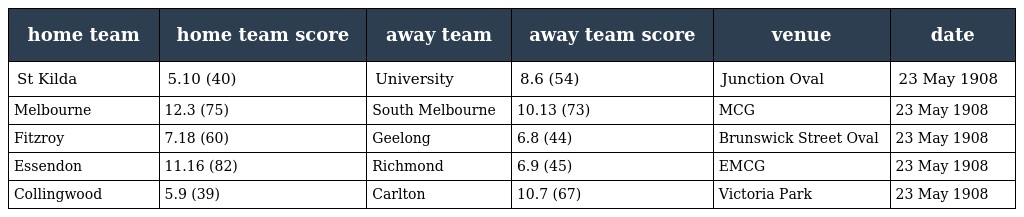
| home team | home team score | away team | away team score | venue | date |
 | --- | --- | --- | --- | --- | --- |
 | St Kilda | 5.10 (40) | University | 8.6 (54) | Junction Oval | 23 May 1908 |
 | Melbourne | 12.3 (75) | South Melbourne | 10.13 (73) | MCG | 23 May 1908 |
 | Fitzroy | 7.18 (60) | Geelong | 6.8 (44) | Brunswick Street Oval | 23 May 1908 |
 | Essendon | 11.16 (82) | Richmond | 6.9 (45) | EMCG | 23 May 1908 |
 | Collingwood | 5.9 (39) | Carlton | 10.7 (67) | Victoria Park | 23 May 1908 |